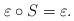
LaTeX: \begin{align*}\varepsilon \circ S = \varepsilon. \end{align*}